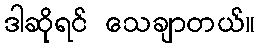
ဒါဆိုရင် သေချာတယ်။